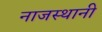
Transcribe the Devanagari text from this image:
नाजस्थानी